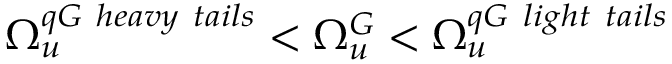
\Omega _ { u } ^ { q G \ h e a v y \ t a i l s } < \Omega _ { u } ^ { G } < \Omega _ { u } ^ { q G \ l i g h t \ t a i l s }